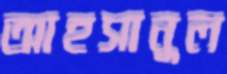
আহসানুল